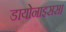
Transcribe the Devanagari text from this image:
डायोनाइसस।